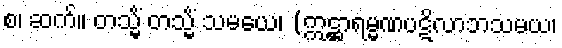
စ၊ ဆက်။ တသ္မိံ တသ္မိံ သမယေ၊ (ဣဋ္ဌာရမ္မဏပဋိလာဘသမယ၊